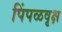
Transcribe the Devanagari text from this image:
पिंपळवृक्ष